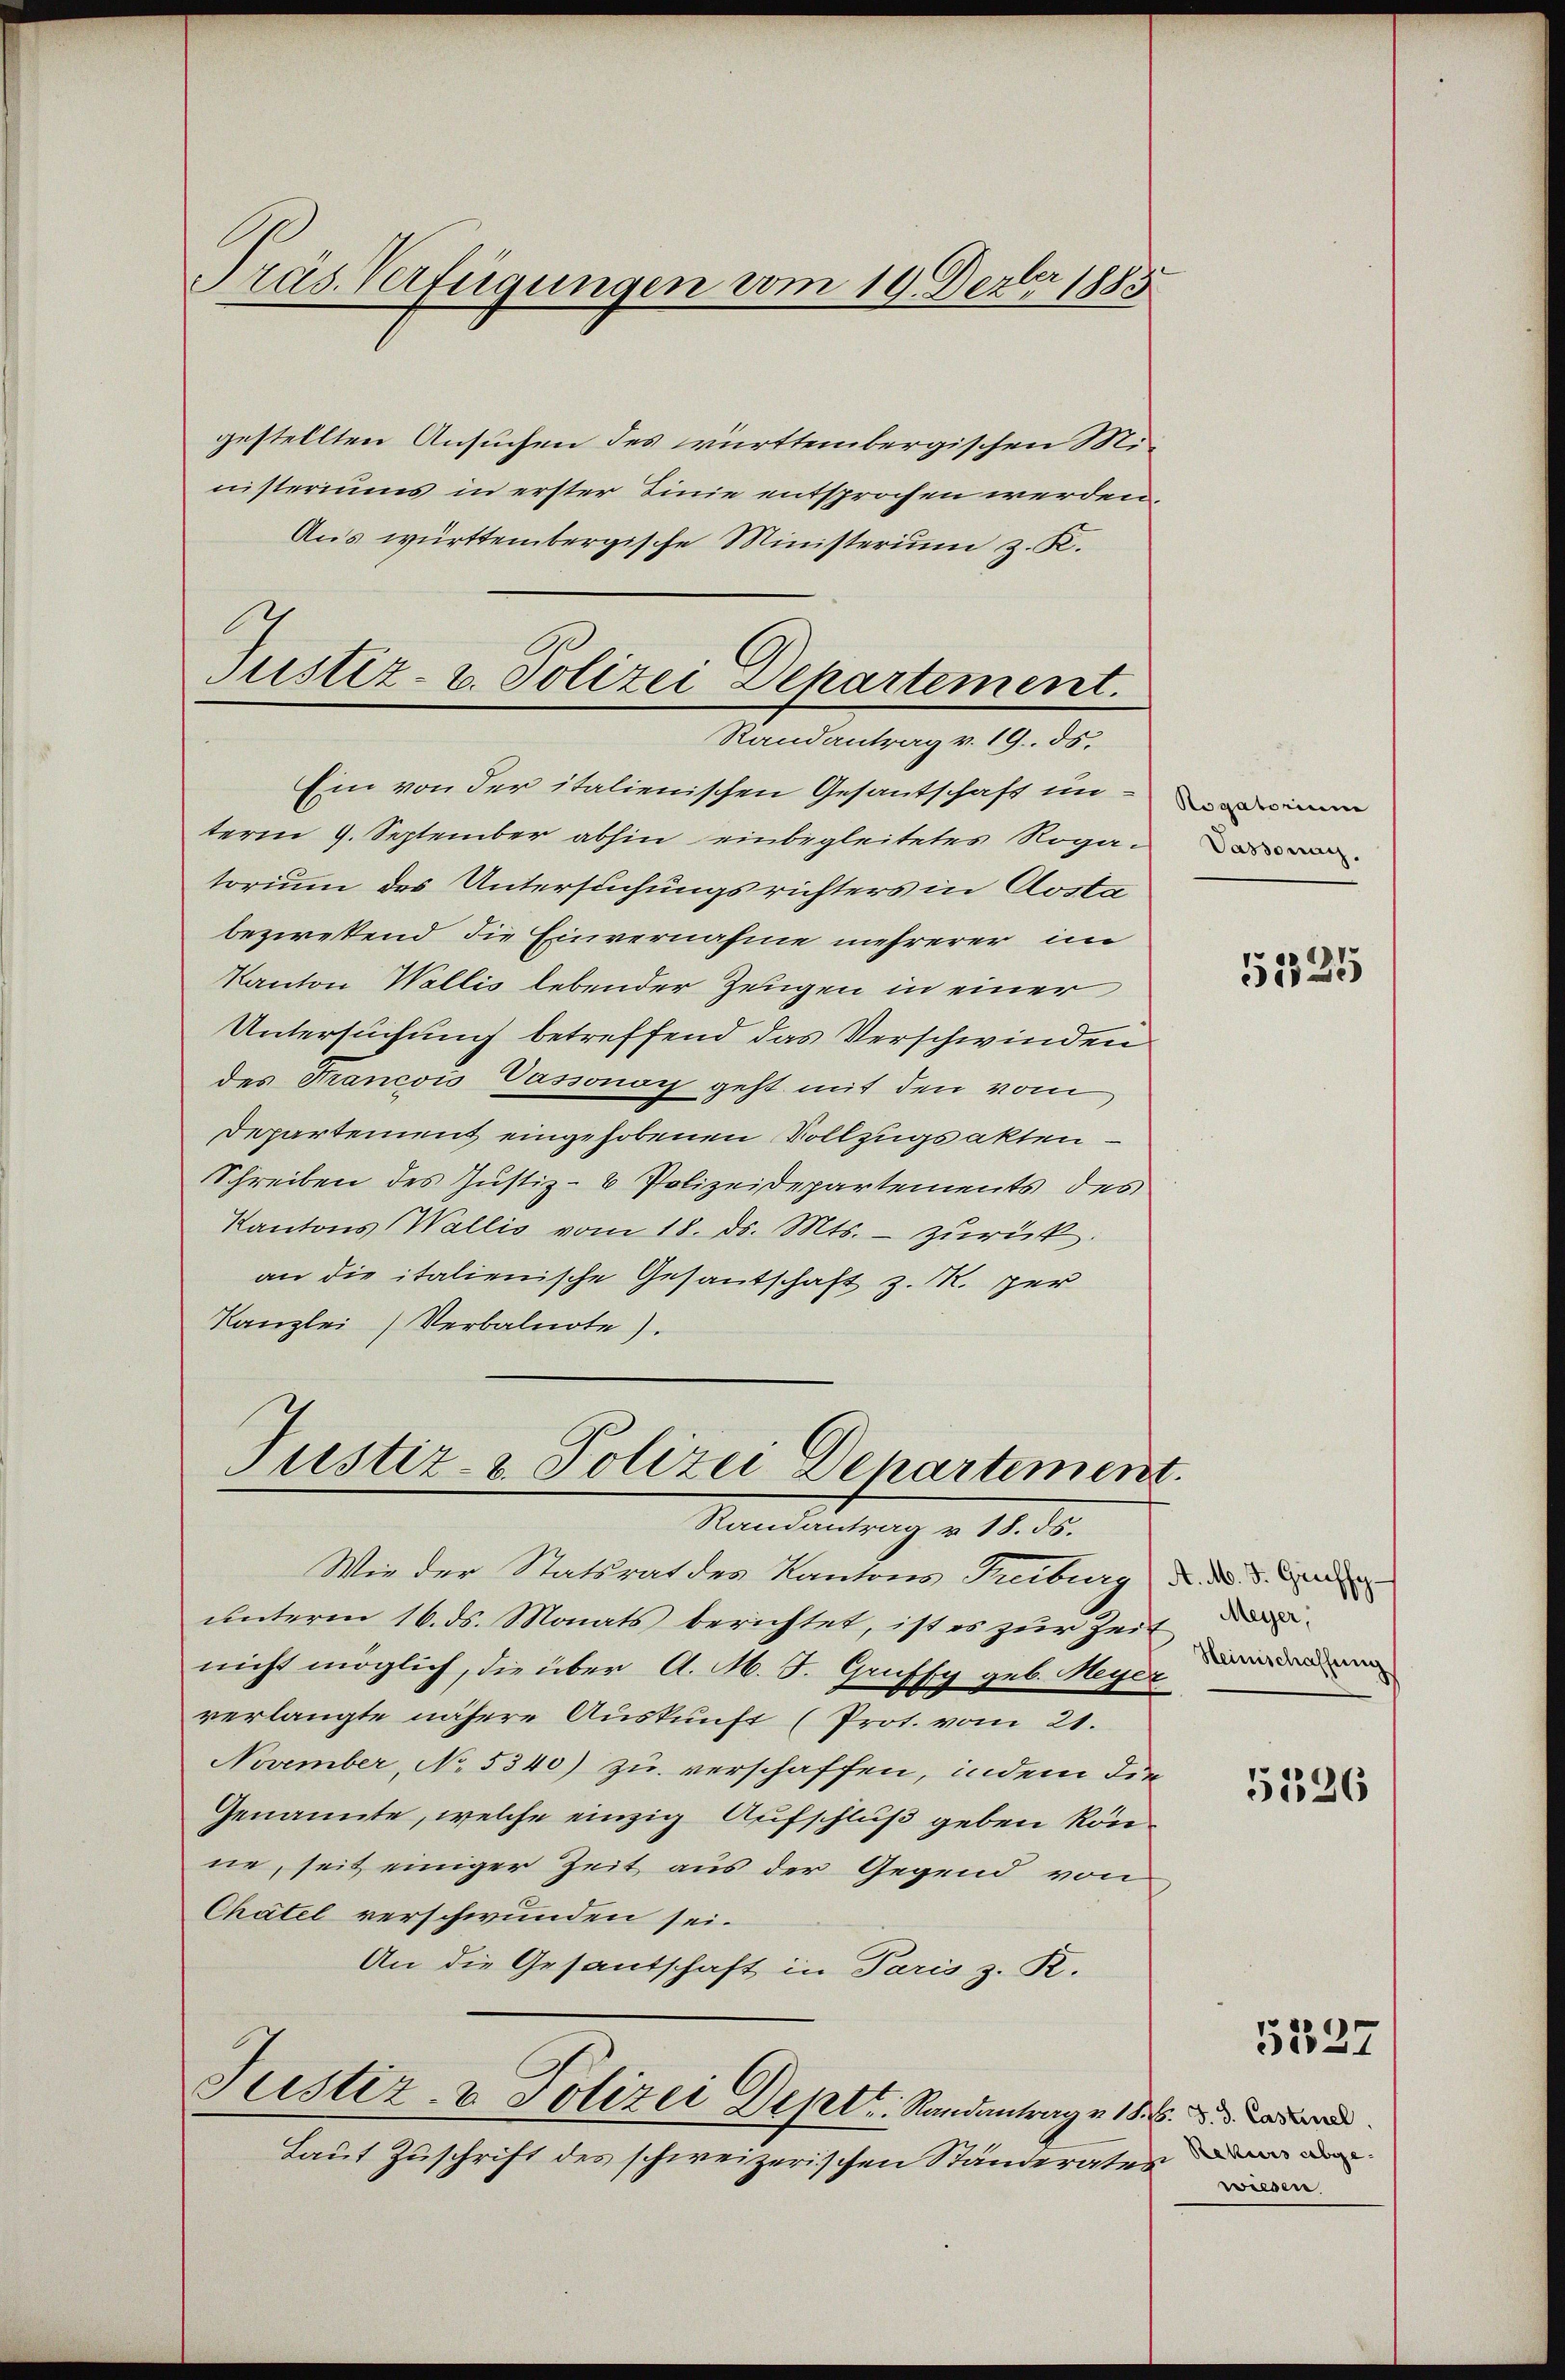
Präs. Verfügungen vom 19. Dezbr 1883

gestellten Ansuchen des württembergischen Ministeriums in erster Linie entsprochen werden,
Aus württembergische Ministerium z. K.
Ein von der italienischen Gesantschaft interm 9. September abhin einbegleitetes Rogatorium des Untersuchungsrichters in Aosta
bezwekend die Einvernahme mehrerer im
Kanton Wallis lebender Zeugen in einer
Untersuchung betreffend das Verschwinden
des Francois Passonoy geht mit den vom
Departement eingehobenen Vollzugsakten –
Schreiben des Justiz- & Polizeidepartements des
Kantons (Wallis vom 18. ds. Mts. - zurück.
an die italienische Gesantschaft z. R. per
Kanzlei Verbalnote).

Justiz- u. Polizei Departement.
Randantrag v. 19. ds.

Justiz- & Polizei Departement.
Randantrag v. 18. ds.

Justiz- & Polizei Deptt. Standantrage 18. der

Laut Zuschrift des schweizerischen Standeraten de

Wie der Statsrat des Kantons Treibe N. N. V. Geri
ŭnteren 16. ds. Monats berichtet, ist es zŭr Zeit
nicht möglich, die über A. M. S. Gruffy geb. Meyer
verlangte nähere Auskunft (Prot. vom 21.
November, No. 5340) zu verschaffen, indem die
Genannte, welche einzig Aufschluß geben könne, seit einiger Zeit aus der Gegend von
Chätel verschwunden sei.
An die Gesandschaft in Paris z. R.

Rogatorium
Vassonay,

5125

Heinischaffung

5526

5527

wiesen